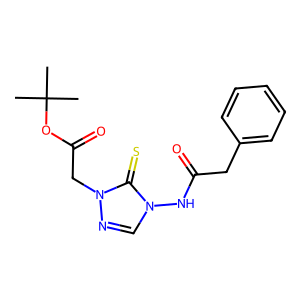
SMILES: CC(C)(C)OC(=O)Cn1ncn(NC(=O)Cc2ccccc2)c1=S
Inhibits HIV replication: No